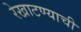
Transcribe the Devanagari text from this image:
रेखाटण्याची